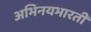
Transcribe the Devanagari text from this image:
अभिनयभारती